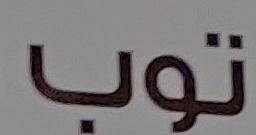
توب